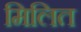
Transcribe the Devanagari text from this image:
मिलित